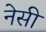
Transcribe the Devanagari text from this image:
नेसी